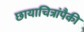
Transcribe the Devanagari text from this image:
छायाचित्रांपैकी